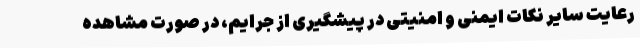
رعایت سایر نکات ایمنی و امنیتی در پیشگیری از جرایم، در صورت مشاهده